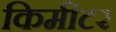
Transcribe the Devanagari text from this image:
किमीटर